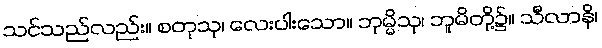
သင်သည်လည်း။ စတုသု၊ လေးပါးသော။ ဘုမ္မိသု၊ ဘူမိတို့၌။ သီလာနိ၊